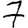
Digit: 7